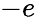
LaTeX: -e